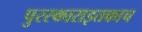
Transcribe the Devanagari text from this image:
पुरस्काराइतकाच